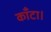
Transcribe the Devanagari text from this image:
काँटा।